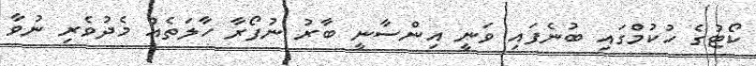
ކޯޓުގެ ހުކުމްގައި ބުނެފައި ވަނީ އިންސާނީ ބާރު ނުފޯރާ ހާލަތެއް މެދުވެރި ނުވާ